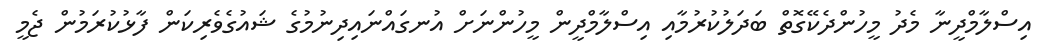
އިސްލާމްދީނާ މެދު މީހުންދެކޭގޮތް ބަދަލުކުރުމާއި އިސްލާމްދީން މީހުންނަށް އުނގައްނައިދިނުމުގެ ޝައުގެވެރިކަން ފާޅުކުރަމުން ޖެމީ